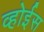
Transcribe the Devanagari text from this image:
व्होईस